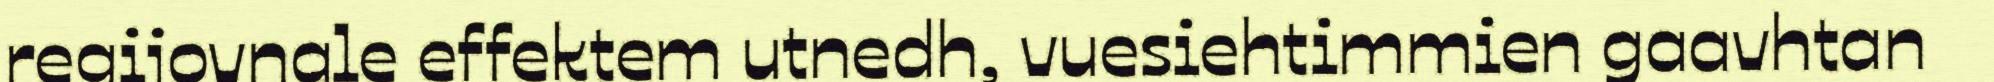
regijovnale effektem utnedh, vuesiehtimmien gaavhtan